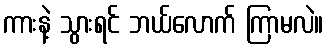
ကားနဲ့ သွားရင် ဘယ်လောက် ကြာမလဲ။